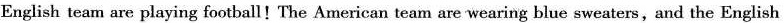
English team are playing football!The American team are wearing blue sweaters,and the English